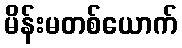
မိန်းမတစ်ယောက်